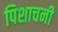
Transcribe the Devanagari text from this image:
पिशाचनी